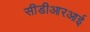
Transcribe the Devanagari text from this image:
सीडीआरआई